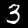
Label: 3